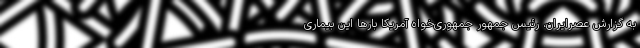
به گزارش عصرایران، رئیس جمهور جمهوری‌خواه آمریکا بارها این بیماری